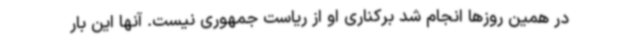
در همین روزها انجام شد برکناری او از ریاست جمهوری نیست. آنها این بار